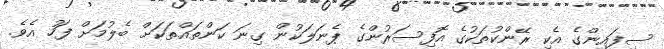
ސިފައިންގެ އެކި ރޭންކުތަކުގެ އޮފިސަރުންގެ ޕެނަލަކުން ގިނަ ކަންތައްތަކަށް ބެލުމަށް ފަހު އެވެ.